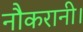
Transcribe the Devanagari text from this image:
नौकरानी।